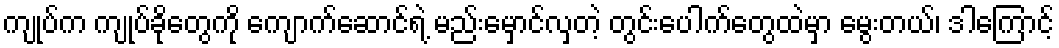
ကျုပ်က ကျုပ်ခိုတွေကို ကျောက်ဆောင်ရဲ့ မည်းမှောင်လှတဲ့ တွင်းပေါက်တွေထဲမှာ မွေးတယ်၊ ဒါကြောင့်